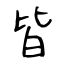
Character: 皆